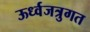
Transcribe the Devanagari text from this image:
ऊर्ध्वजत्रुगत